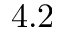
4 . 2